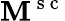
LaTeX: \mathbf{M}^{\mathrm{{~s~c~}}}